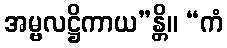
အမ္ဗလဋ္ဌိကာယ”န္တိ။ “ကံ